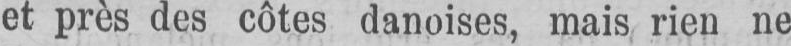
et près des côtes danoises, mais rien ne